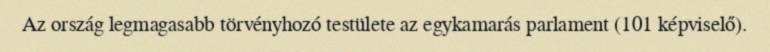
Az ország legmagasabb törvényhozó testülete az egykamarás parlament (101 képviselő).